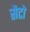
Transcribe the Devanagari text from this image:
सैटो